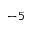
^ { - 5 }